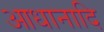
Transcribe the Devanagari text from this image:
आधानादि